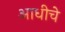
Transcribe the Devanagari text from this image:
अाधीचे